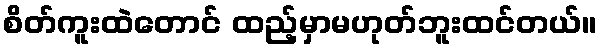
စိတ်ကူးထဲတောင် ထည့်မှာမဟုတ်ဘူးထင်တယ်။